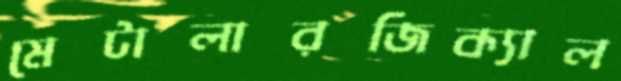
মেটালারজিক্যাল